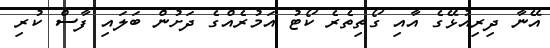
އޭނާ ދިރިއުޅޭގެ އާއި ގޯތިތެރެ ކޯޓު އަމުރެއްގެ ދަށުން ބަލައި ފާސް ކުރި